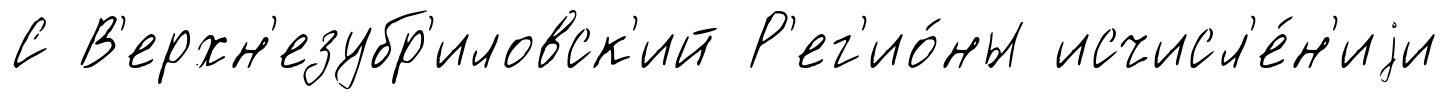
С В'ерхн'езубр'иловск'ий Р'ег'ио́ны исчисл'е́н'иjи